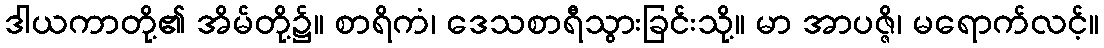
ဒါယကာတို့၏ အိမ်တို့၌။ စာရိကံ၊ ဒေသစာရီသွားခြင်းသို့။ မာ အာပဇ္ဇိ၊ မရောက်လင့်။